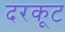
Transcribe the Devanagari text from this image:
दरकूट